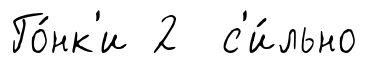
Го́нк'и 2 с'и́льно